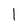
Character: 1